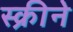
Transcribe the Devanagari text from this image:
स्क्रीने